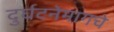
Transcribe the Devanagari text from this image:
दुर्घटनेमागचे